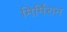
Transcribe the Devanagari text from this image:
मिर्मिरान